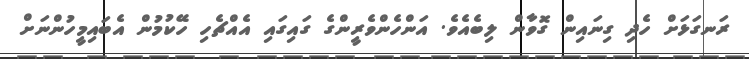
ރަނގަޅަށް ހެދި ގިނައިން ގޮވާން ލިބެއެވެ. އަންހެންވެރީންގެ ގައިގައި އެއްޗެހި ހޭކުމުން އެބައިމީހުންނަށް